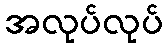
အလုပ်လုပ်